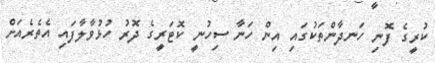
ކުރީގެ ފޮނި ހަނދާންތަކުގައި އިން ހަނާ ސިހުނީ ކޮޓަރީގެ ދޮރު ހުޅުވާލާފައި އެތެރެއަށް